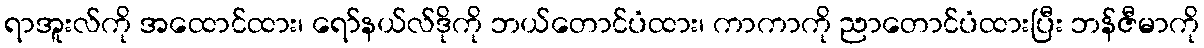
ရာအူးလ်ကို အထောင်ထား၊ ရော်နယ်လ်ဒိုကို ဘယ်တောင်ပံထား၊ ကာကာကို ညာတောင်ပံထားပြီး ဘန်ဇီမာကို